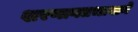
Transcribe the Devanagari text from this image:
शरणागतभावाने